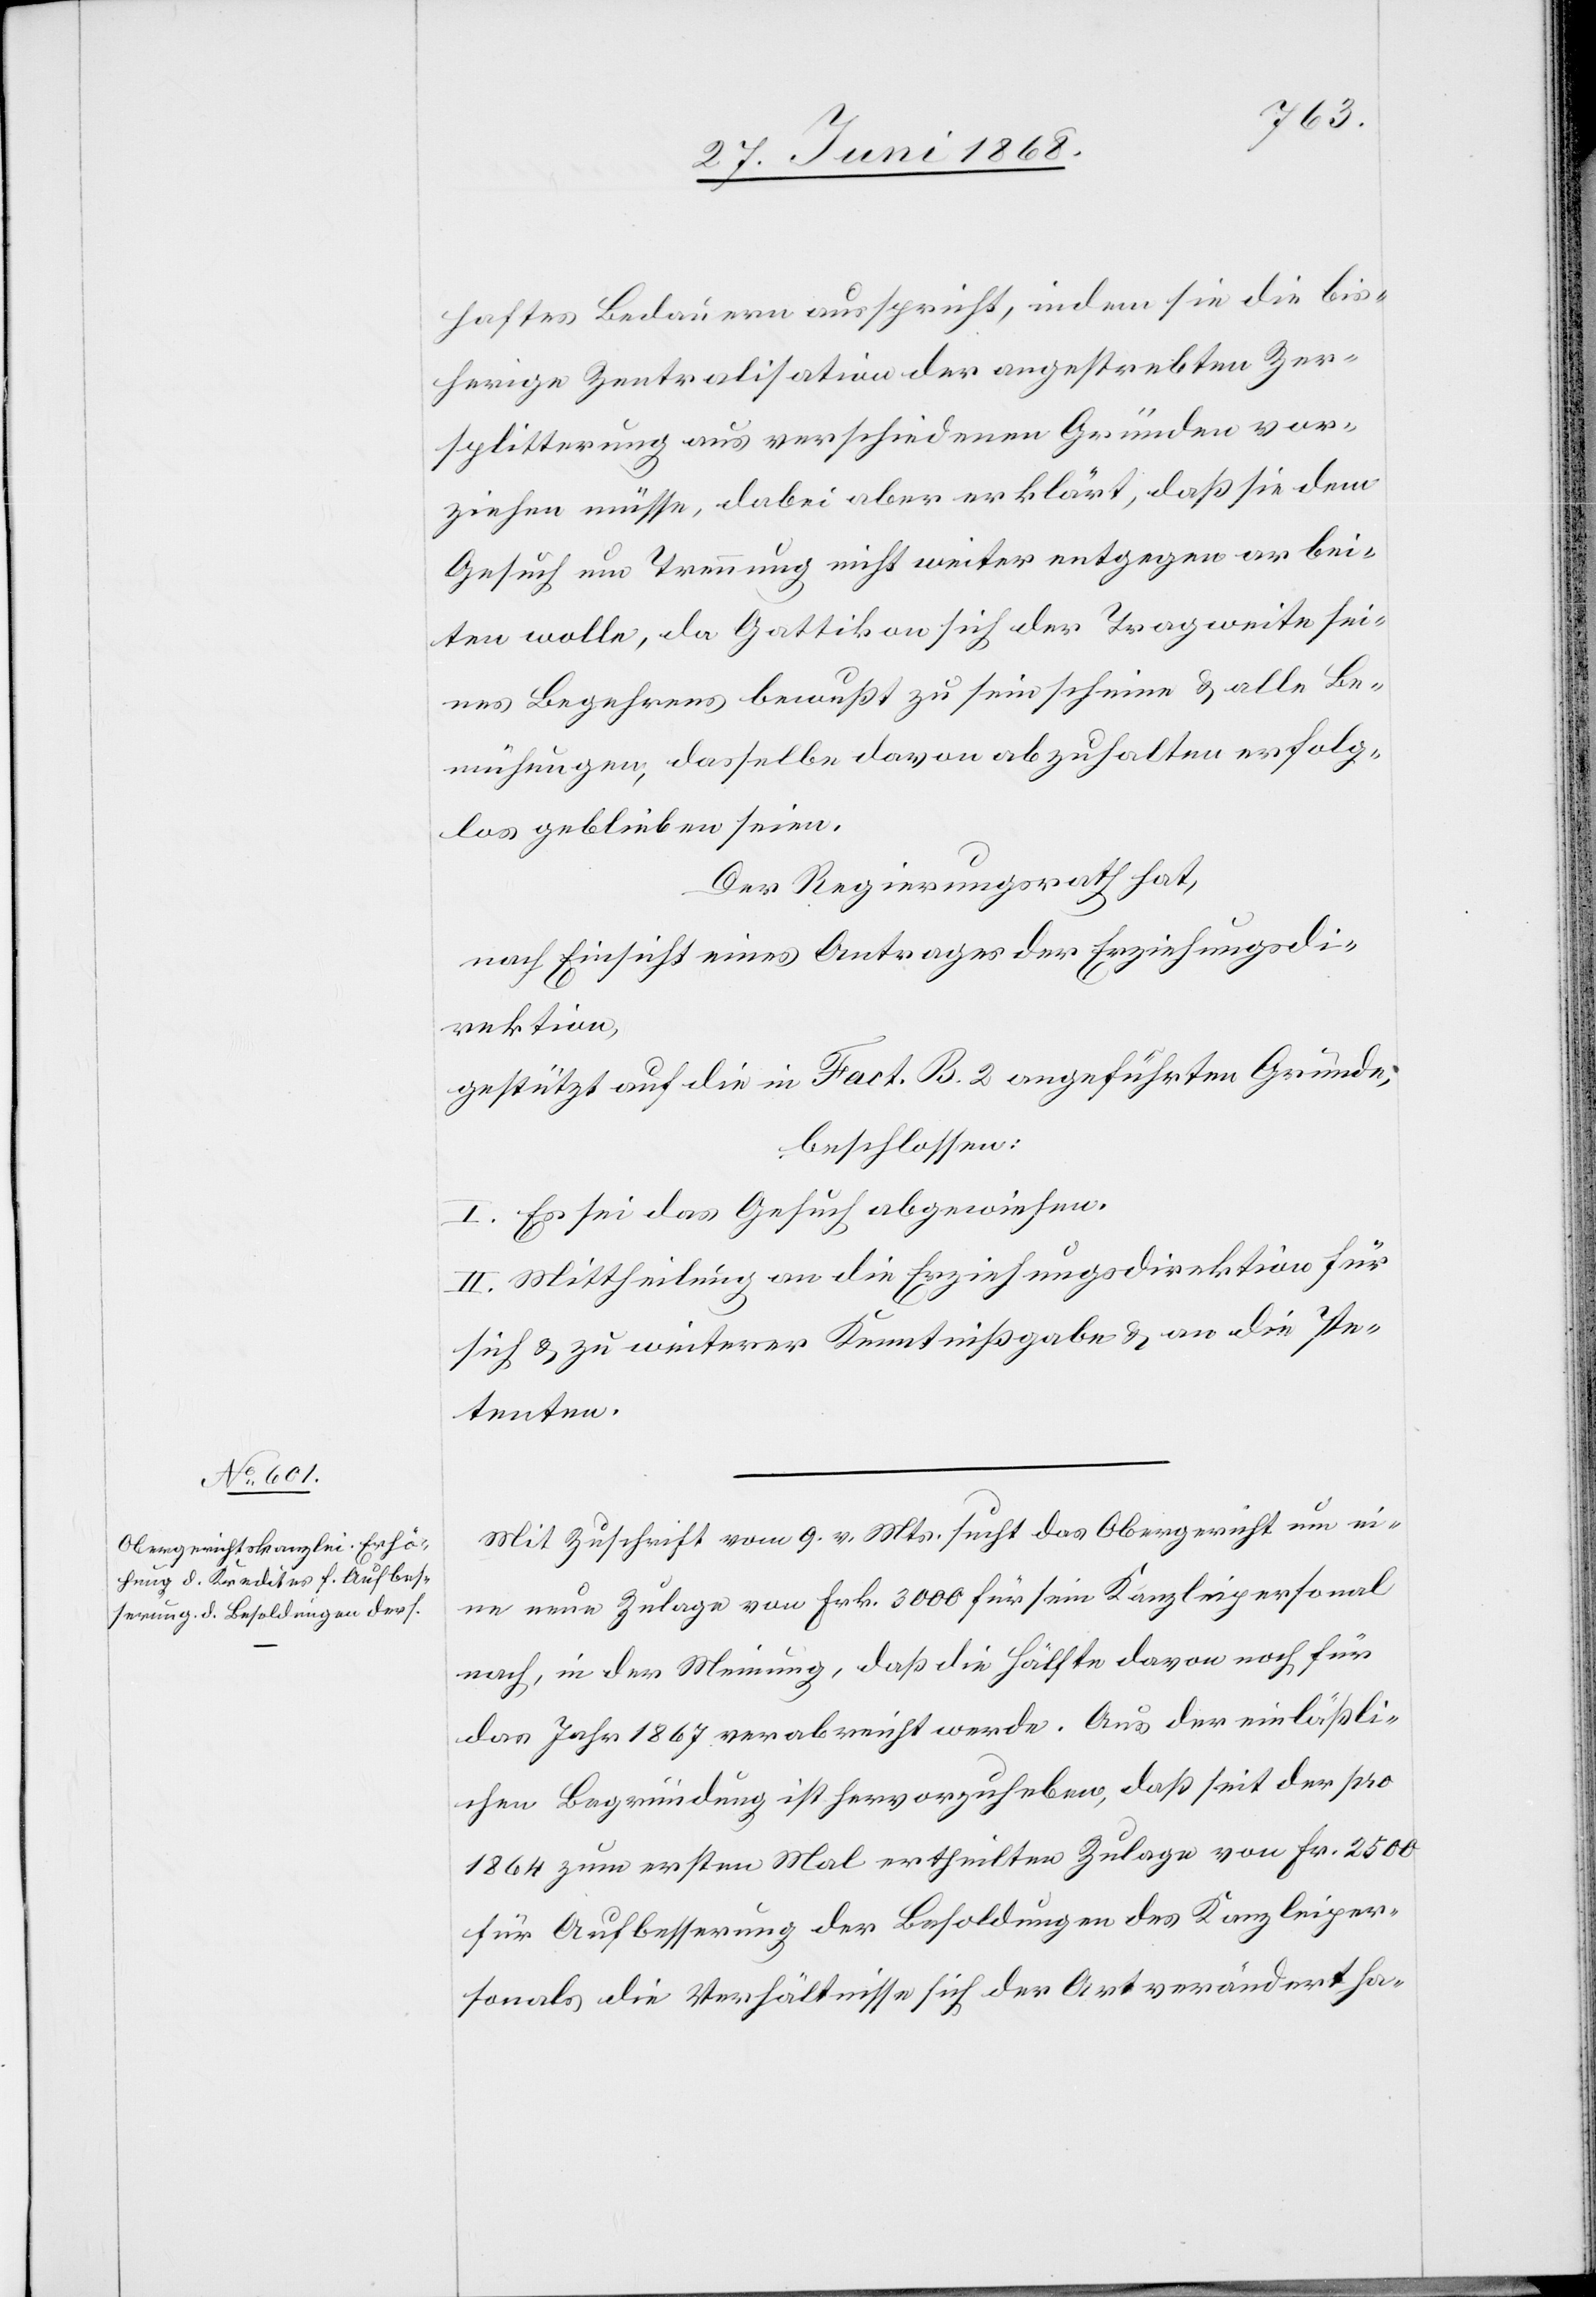
haftes Bedauern ausspricht, indem sie die bis¬
herige Zentralisation der angestrebten Zer¬
splitterung aus verschiedenen Gründen vor¬
ziehen müsse, dabei aber erklärt, daß sie dem
Gesuch um Trennung nicht weiter entgegen arbei¬
ten wolle, da Gattikon sich der Tragweite sei¬
nes Begehrens bewußt zu sein scheine & alle Be¬
mühungen, dasselbe davon abzuhalten erfolg¬
los geblieben seien.
Der Regierungsrath hat,
nach Einsicht eines Antrages der Erziehungsdi¬
rektion,
gestützt auf die in Fact. B. 2 angeführten Gründe,
beschlossen:
I. Es sei das Gesuch abgewiesen.
II. Mittheilung an die Erziehungsdirektion für
sich & zu weiterer Kenntnißgabe & an die Pe¬
tenten.
Mit Zuschrift vom 9. v. Mts. sucht das Obergericht um ei¬
ne neue Zulage von Frk. 3000 für sein Kanzleipersonal
nach, in der Meinung, daß die Hälfte davon noch für
das Jahr 1867 verabreicht werde. Aus der einläßli¬
chen Begründung ist hervorzuheben, daß seit der pro
1864 zum ersten Mal ertheilten Zulage von Fr. 2500
für Aufbesserung der Besoldungen des Kanzleiper¬
sonals die Verhältnisse sich der Art verändert ha-